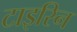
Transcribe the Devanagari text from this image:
टाइरिन